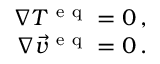
\begin{array} { r } { \nabla T ^ { \mathrm { ~ e ~ q ~ } } = 0 \, , } \\ { \nabla \vec { v } ^ { \mathrm { ~ e ~ q ~ } } = 0 \, . } \end{array}